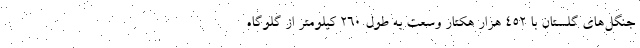
جنگل‌های گلستان با ۴۵۲ هزار هکتار وسعت به طول ۲۶۰ کیلومتر از گلوگاه